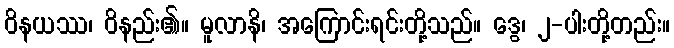
ဝိနယဿ၊ ဝိနည်း၏။ မူလာနိ၊ အကြောင်းရင်းတို့သည်။ ဒွေ၊ ၂-ပါးတို့တည်း။